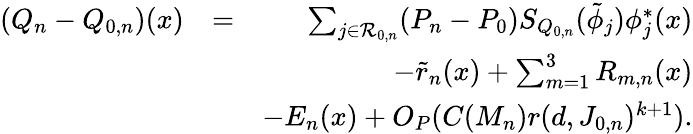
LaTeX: \begin{array}{rlr}{(Q_{n}-Q_{0,n})(x)}&{=}&{\sum_{j\in{\cal R}_{0,n}}(P_{n}-P_{0})S_{Q_{0,n}}(\tilde{\phi}_{j})\phi_{j}^{*}(x)}\\ &{}&{-\tilde{r}_{n}(x)+\sum_{m=1}^{3}R_{m,n}(x)}\\ &{}&{-E_{n}(x)+O_{P}(C(M_{n})r(d,J_{0,n})^{k+1}).}\end{array}